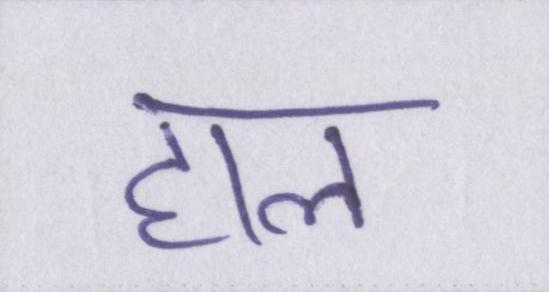
हाल